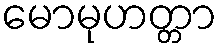
မောမုဟတ္တာ